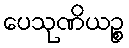
ပေသုဏိယဉ္စ